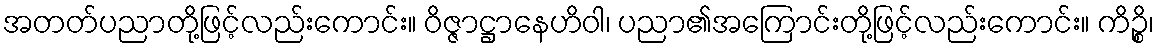
အတတ်ပညာတို့ဖြင့်လည်းကောင်း။ ဝိဇ္ဇာဋ္ဌာနေဟိဝါ၊ ပညာ၏အကြောင်းတို့ဖြင့်လည်းကောင်း။ ကိဉ္စိ၊